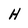
Character: H